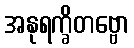
အနုရက္ခိတဗ္ဗော